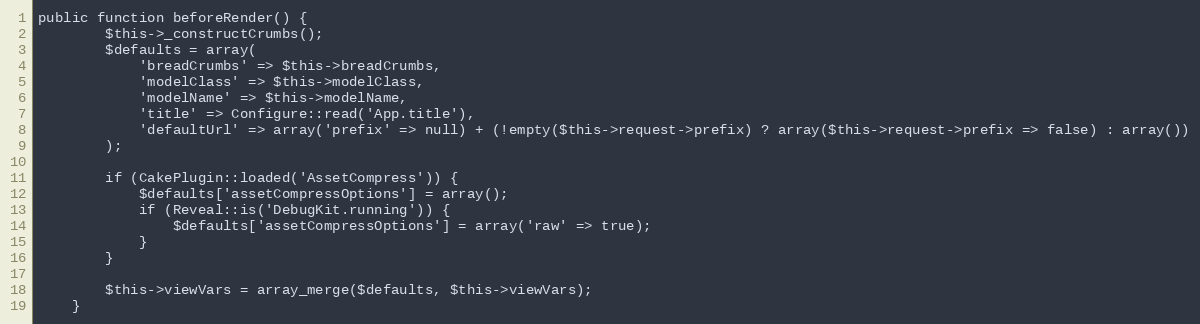
Language: PHP
public function beforeRender() {
		$this->_constructCrumbs();
		$defaults = array(
			'breadCrumbs' => $this->breadCrumbs,
			'modelClass' => $this->modelClass,
			'modelName' => $this->modelName,
			'title' => Configure::read('App.title'),
			'defaultUrl' => array('prefix' => null) + (!empty($this->request->prefix) ? array($this->request->prefix => false) : array())
		);

		if (CakePlugin::loaded('AssetCompress')) {
			$defaults['assetCompressOptions'] = array();
			if (Reveal::is('DebugKit.running')) {
				$defaults['assetCompressOptions'] = array('raw' => true);
			}
		}

		$this->viewVars = array_merge($defaults, $this->viewVars);
	}